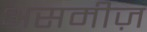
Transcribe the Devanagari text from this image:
असमीज़